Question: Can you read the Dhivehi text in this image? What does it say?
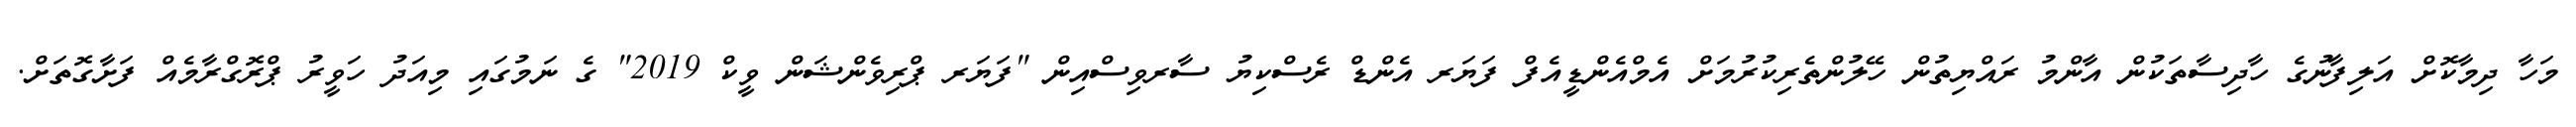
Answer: މަހާ ދިމާކޮށް އަލިފާނުގެ ހާދިސާތަކުން އާންމު ރައްޔިތުން ހޭލުންތެރިކުރުމަށް އެމްއެންޑީއެފް ފަޔަރ އެންޑް ރެސްކިޔު ސާރވިސްއިން "ފަޔަރ ޕްރިވެންޝަން ވީކް 2019" ގެ ނަމުގައި މިއަދު ހަވީރު ޕްރޮގްރާމެއް ފަށާގޮތަށް.